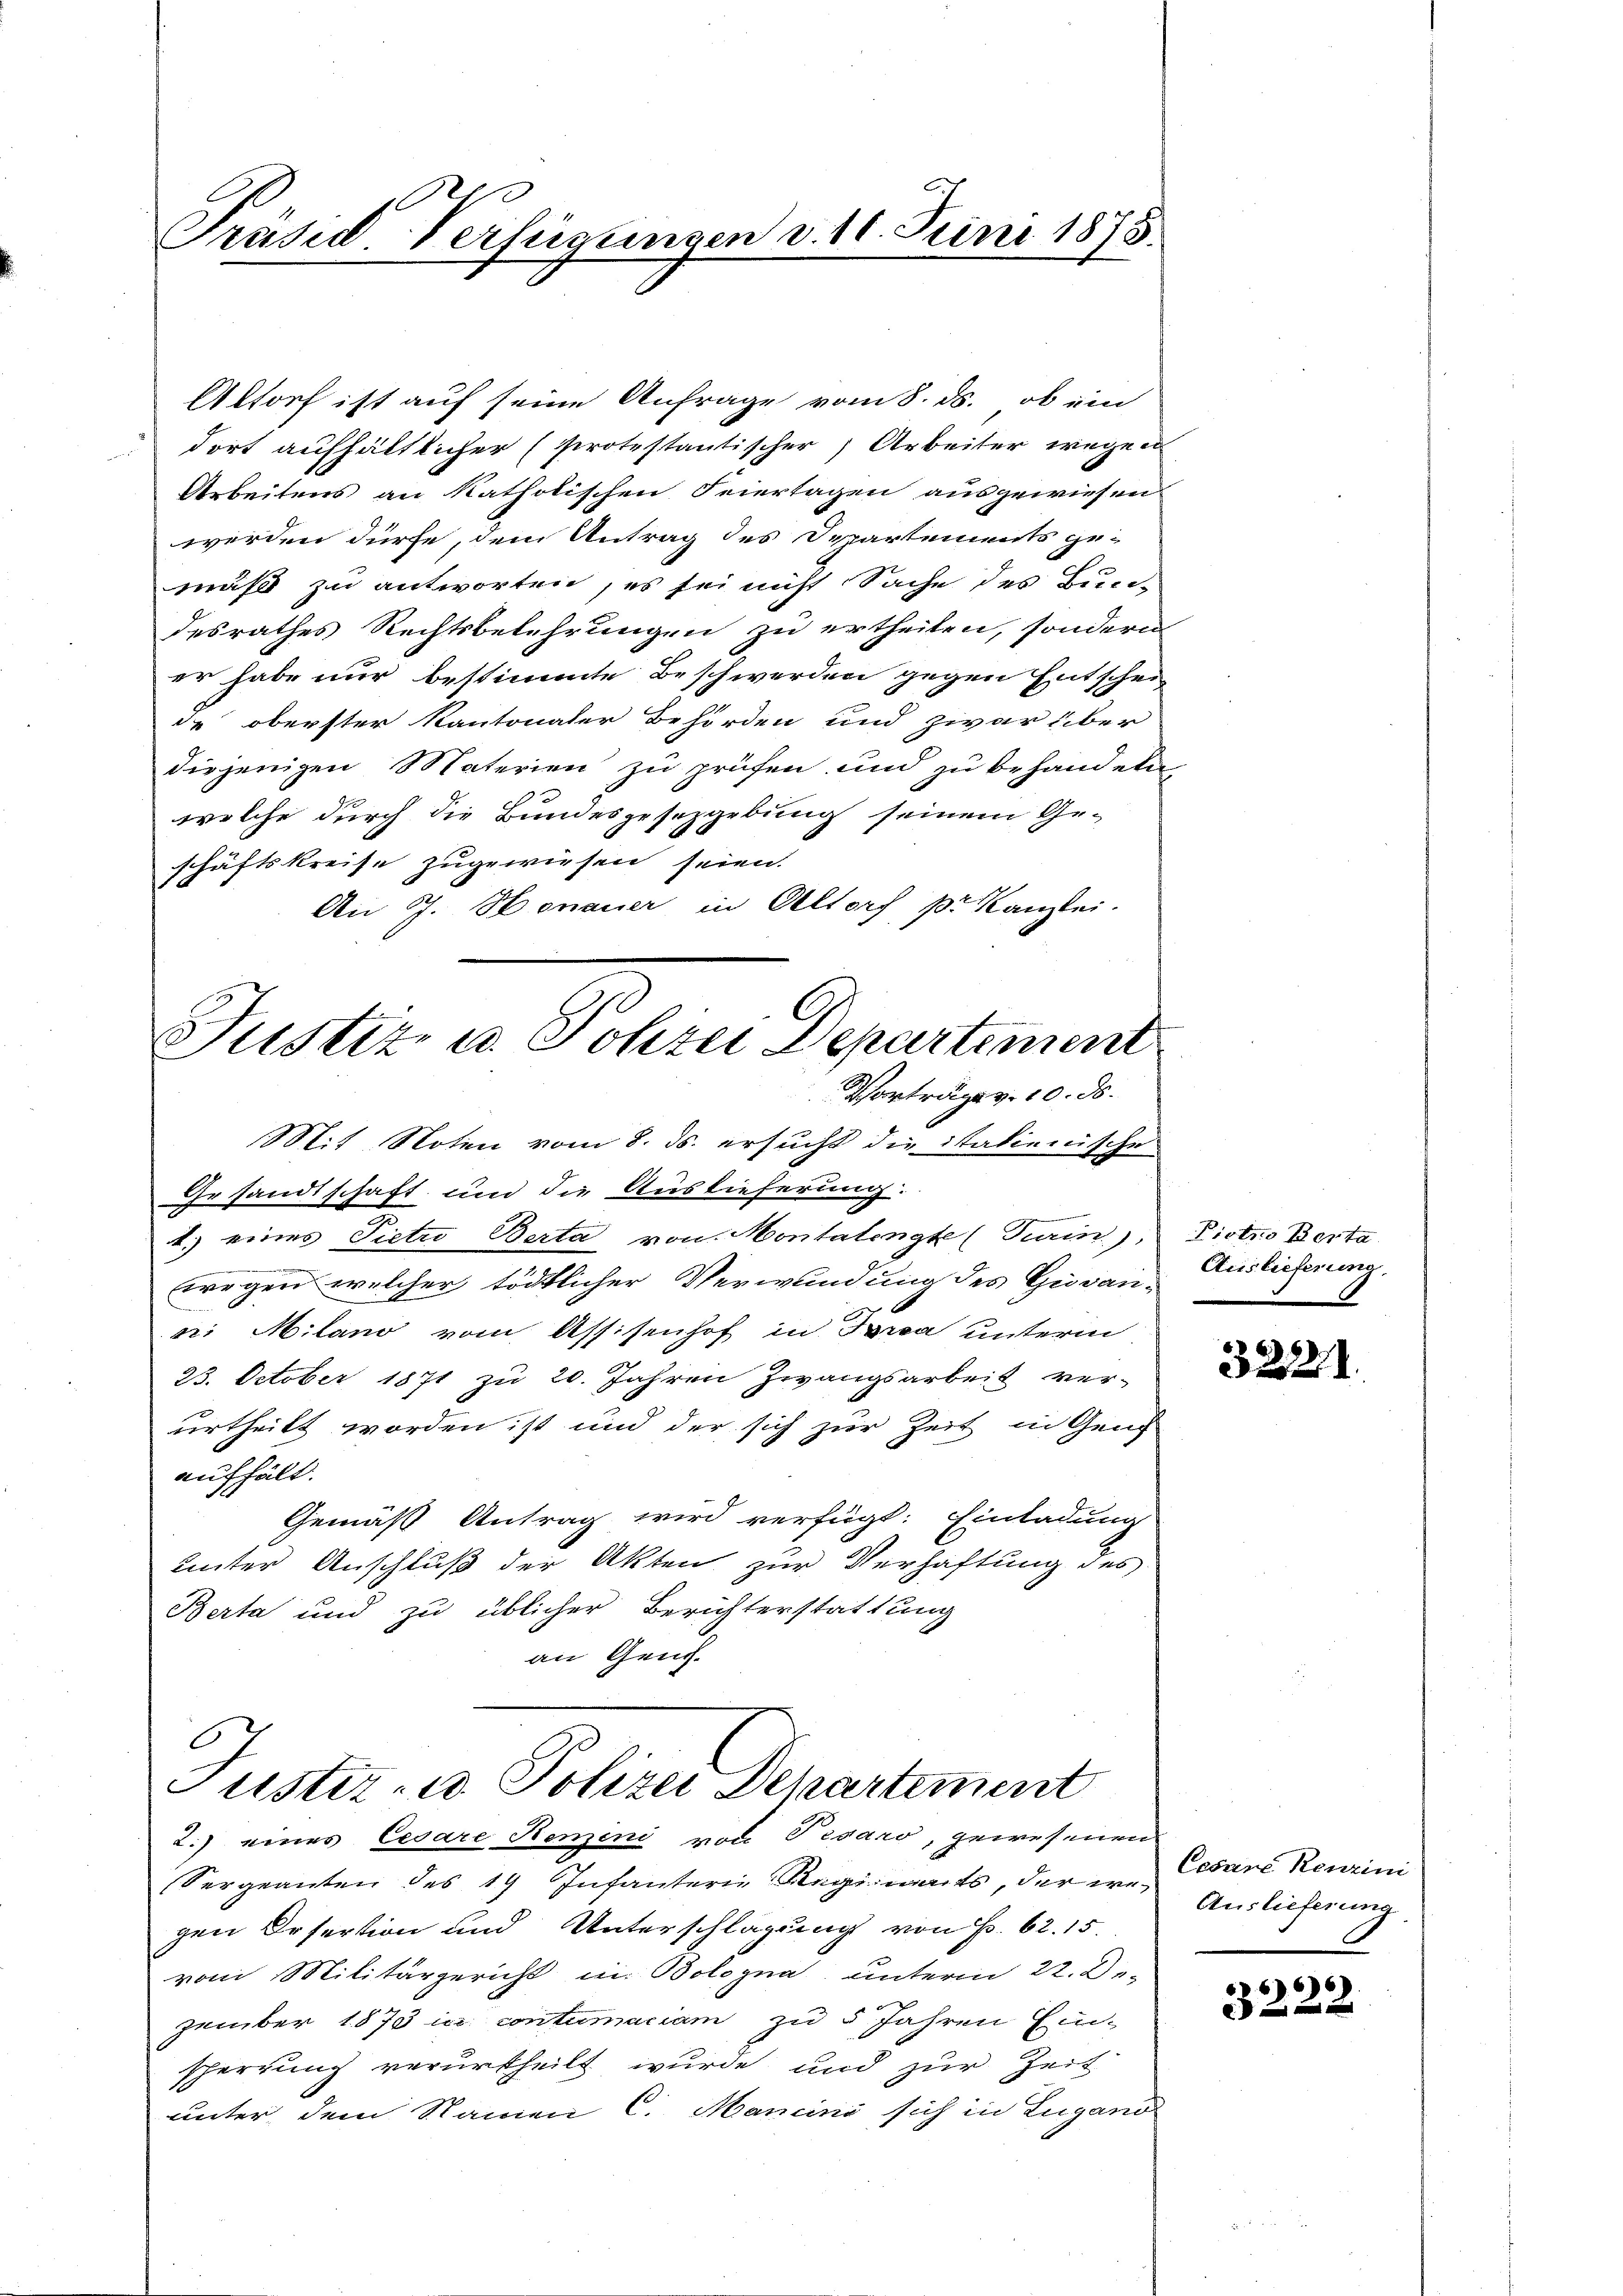
Präsid. Verfügungen d. 10. Juni 1873.

Altorf ist auf seine Anfrage vom 8. ds., ob ein
dort aufhältlicher (protestantischer Arbeiter wegen
Arbeitens an katholischen Feiertagen ausgewiesen
werden dürfe, dem Antrag des Departements ge-
muß zu antworten, es sei nicht Sache des Bun-
desrathes Rechtsbelehrungen zu ertheilen, sondern
er habe nur bestimmte Beschwerden gegen Entschei-
de oberster Kantonaler Behörden und zwar über
diejenigen Materien zu prüfen und zu behandeln,
welche durch die Bundesgesetzgebung seinem Ge-
schäftskreise zugewiesen seien.
An J. Honauer in Oltorf pr. Kanzlei.

Justiz u. Schrei Departement
Vorträge v. 10. ds.

Mit Noten vom 8. ds. ersucht die italienische
Gesandtschaft, und die Auslieferung:
1.) eines Pietio Berta von Montalengte (Turin),
wegen welcher tödtlicher Verwundung des Giovaner. Milano vom Assisenhof in Trea unterm
23. October 1871 zu 20. Jahren Zwangsarbeit ver-
urtheilt worden ist und der sich zur Zeit in Genf
aufhält.
Gemäß Antrag wird verfügt: Einladung
unter Anschluß der Akten zur Verhaftung des
Berta und zu üblicher Berichterstattung
an Geuch¬

Juster eo Polizei Departement
2.) eines Cesare Riemeni von Pesaro, gewesenen

Sergeanten des 19 Infanterie Regiments, der in Auslieferung
gen Orfertion und Unterschlagung von P. 62. 15.
vom Militärgericht in Bologna unterm 22. De-
zember 1873 in contumaciam zu 5 Jahren Ein-
sherrung verurtheilt wurde und zur Zeit
unter dem Namen C. Mancini sich in Lugano

Piotno Besta
Auslieferung,

322.

Cesare Kenzini

66
3-22